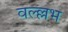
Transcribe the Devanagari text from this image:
वल्ल्लभ